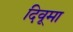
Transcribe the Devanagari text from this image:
दिवूमा